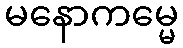
မနောကမ္မေ